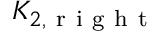
K _ { 2 , \mathrm { ~ r ~ i ~ g ~ h ~ t ~ } }